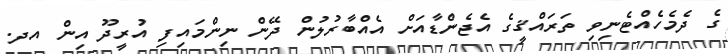
ގެ ދެމެހެއްޓެނިވި ތަރައްޤީގެ އެޖެންޑާއަށް އެއްބާރުލުން ދޭން ނިންމައިފި އުރީދޫ އިން އދ.